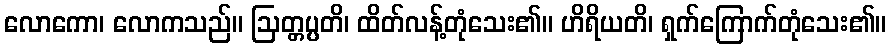
လောကော၊ လောကသည်။ ဩတ္တပ္ပတိ၊ ထိတ်လန့်တုံသေး၏။ ဟိရိယတိ၊ ရှက်ကြောက်တုံသေး၏။